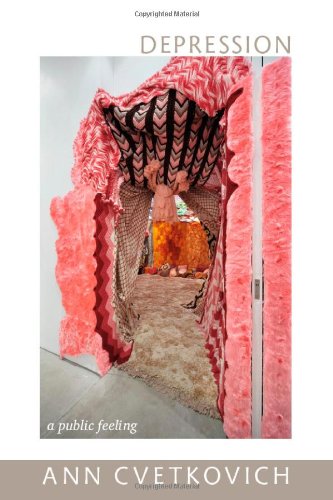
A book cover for Depression: A Public Feeling; Ann Cvetkovich; Gay & Lesbian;